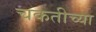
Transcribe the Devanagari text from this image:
चकतीच्या